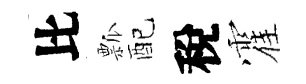
比瓢配稅霍